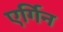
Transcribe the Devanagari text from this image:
एर्गिन